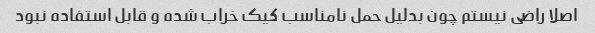
اصلا راضی نیستم چون بدلیل حمل نامناسب کیک خراب شده و قابل استفاده نبود